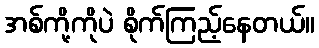
အစ်ကို့ကိုပဲ စိုက်ကြည့်နေတယ်။